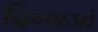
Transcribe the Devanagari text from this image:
दिग्गजो